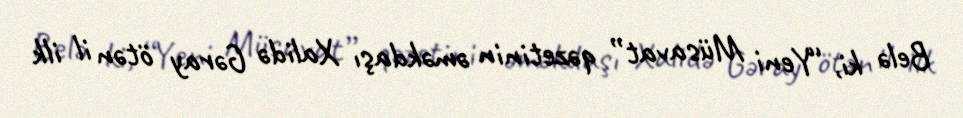
Belə ki, “Yeni Müsavat” qəzetinin əməkdaşı Xalidə Gəray ötən il ilk